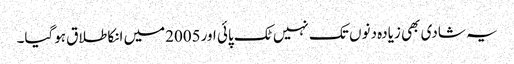
یہ شادی بھی زیادہ دنوں تک نہیں ٹک پائی اور2005میں انکا طلاق ہوگیا۔